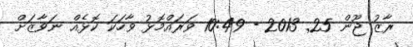
ރާޒު ޖޫން 25